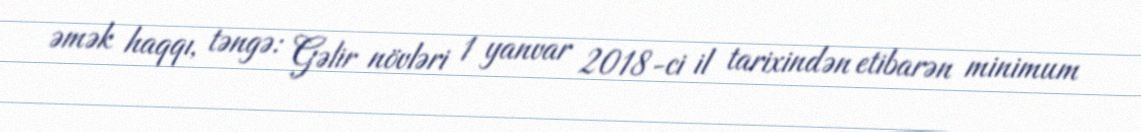
əmək haqqı, təngə: Gəlir növləri 1 yanvar 2018-ci il tarixindən etibarən minimum